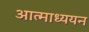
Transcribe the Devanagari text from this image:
आत्माध्ययन